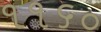
૧૧૬૦